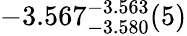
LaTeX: -3.567_{-3.580}^{-3.563}(5)